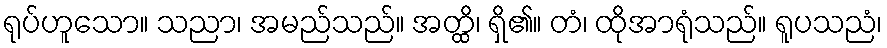
ရုပ်ဟူသော။ သညာ၊ အမည်သည်။ အတ္ထိ၊ ရှိ၏။ တံ၊ ထိုအာရုံသည်။ ရူပသညံ၊